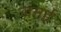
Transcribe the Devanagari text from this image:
जमई